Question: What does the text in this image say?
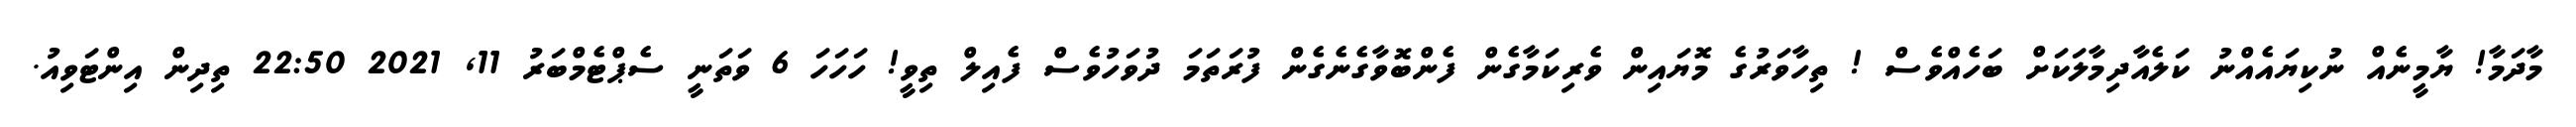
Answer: މާދަމާ! ޔާމީނެއް ނުކިޔައެއްނު ކަލެއާދިމާލަކަށް ބަހެއްވެސް ! ތިހާވަރުގެ މޮޔައިން ވެރިކަމާގެން ފެންބޮވާގެނެގެން ފުރަތަމަ ދުވަހުވެސް ފެއިލް ތިވީ! ހަހަހަ 6 ވަތަނީ ސެޕްޓެމްބަރު 11, 2021 22:50 ތިދިން އިންޓަވިއު.